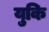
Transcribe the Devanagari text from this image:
युकि